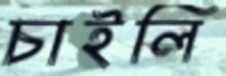
চাইলি